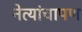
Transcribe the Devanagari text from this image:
नेत्यांचापण